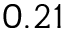
0 . 2 1